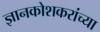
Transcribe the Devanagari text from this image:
ज्ञानकोशकरांच्या